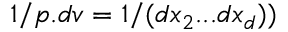
1 / p . d v = 1 / ( d x _ { 2 } . . . d x _ { d } ) )